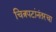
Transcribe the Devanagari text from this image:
चित्रपटांनंतरचा